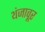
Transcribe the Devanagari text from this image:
थंजावूर